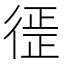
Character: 徰